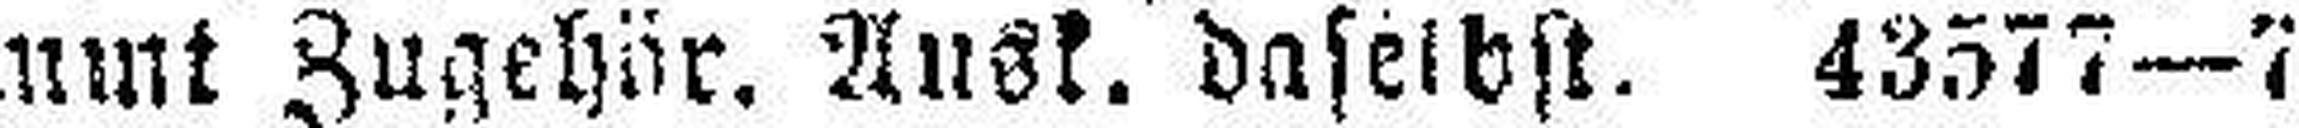
sammt Zügehär. Ansk. daselbst. 43577—7